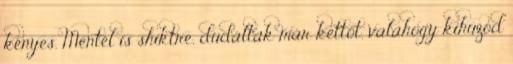
kényes. Mentél is shiktre, dudáltak már kettőt, valahogy kihúzod